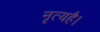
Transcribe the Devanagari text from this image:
नृत्यहै।